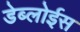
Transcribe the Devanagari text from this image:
डेब्लोईस